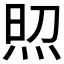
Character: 𤈌